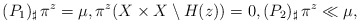
\begin{align*}(P_{1})_{\sharp}\,\pi^{z} = \mu, \pi^{z} (X\times X \setminus H(z))=0, (P_{2})_{\sharp}\, \pi^{z} \ll \mu, \end{align*}